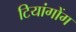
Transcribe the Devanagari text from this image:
टियांगोंग